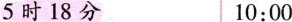
5时18分 10:00